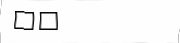
٣٥